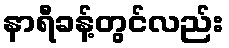
နာရီခန့်တွင်လည်း